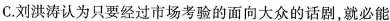
C.刘洪涛认为只要经过市场考验的面向大众的话剧就必能